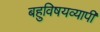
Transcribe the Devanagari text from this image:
बहुविषयव्यापी